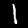
Label: 1